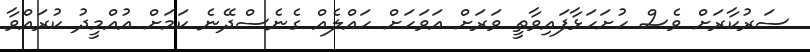
ސަރުކާރަށް ވެސް ހުށަހަޅާފައިވާތީ ވަރަށް އަވަހަށް ހައްލެއް ގެނެސްދޭނެ ކަމަށް އުއްމީދު ކުރައްވާ